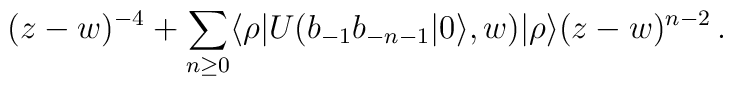
(z-w)^{-4}+\sum_{n\geq 0}\langle\rho|U(b_{-1}b_{-n-1}|0\rangle,w)|\rho\rangle(z-w)^{n-2}\,.